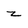
Character: z